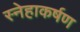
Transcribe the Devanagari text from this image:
स्नेहाकर्षण